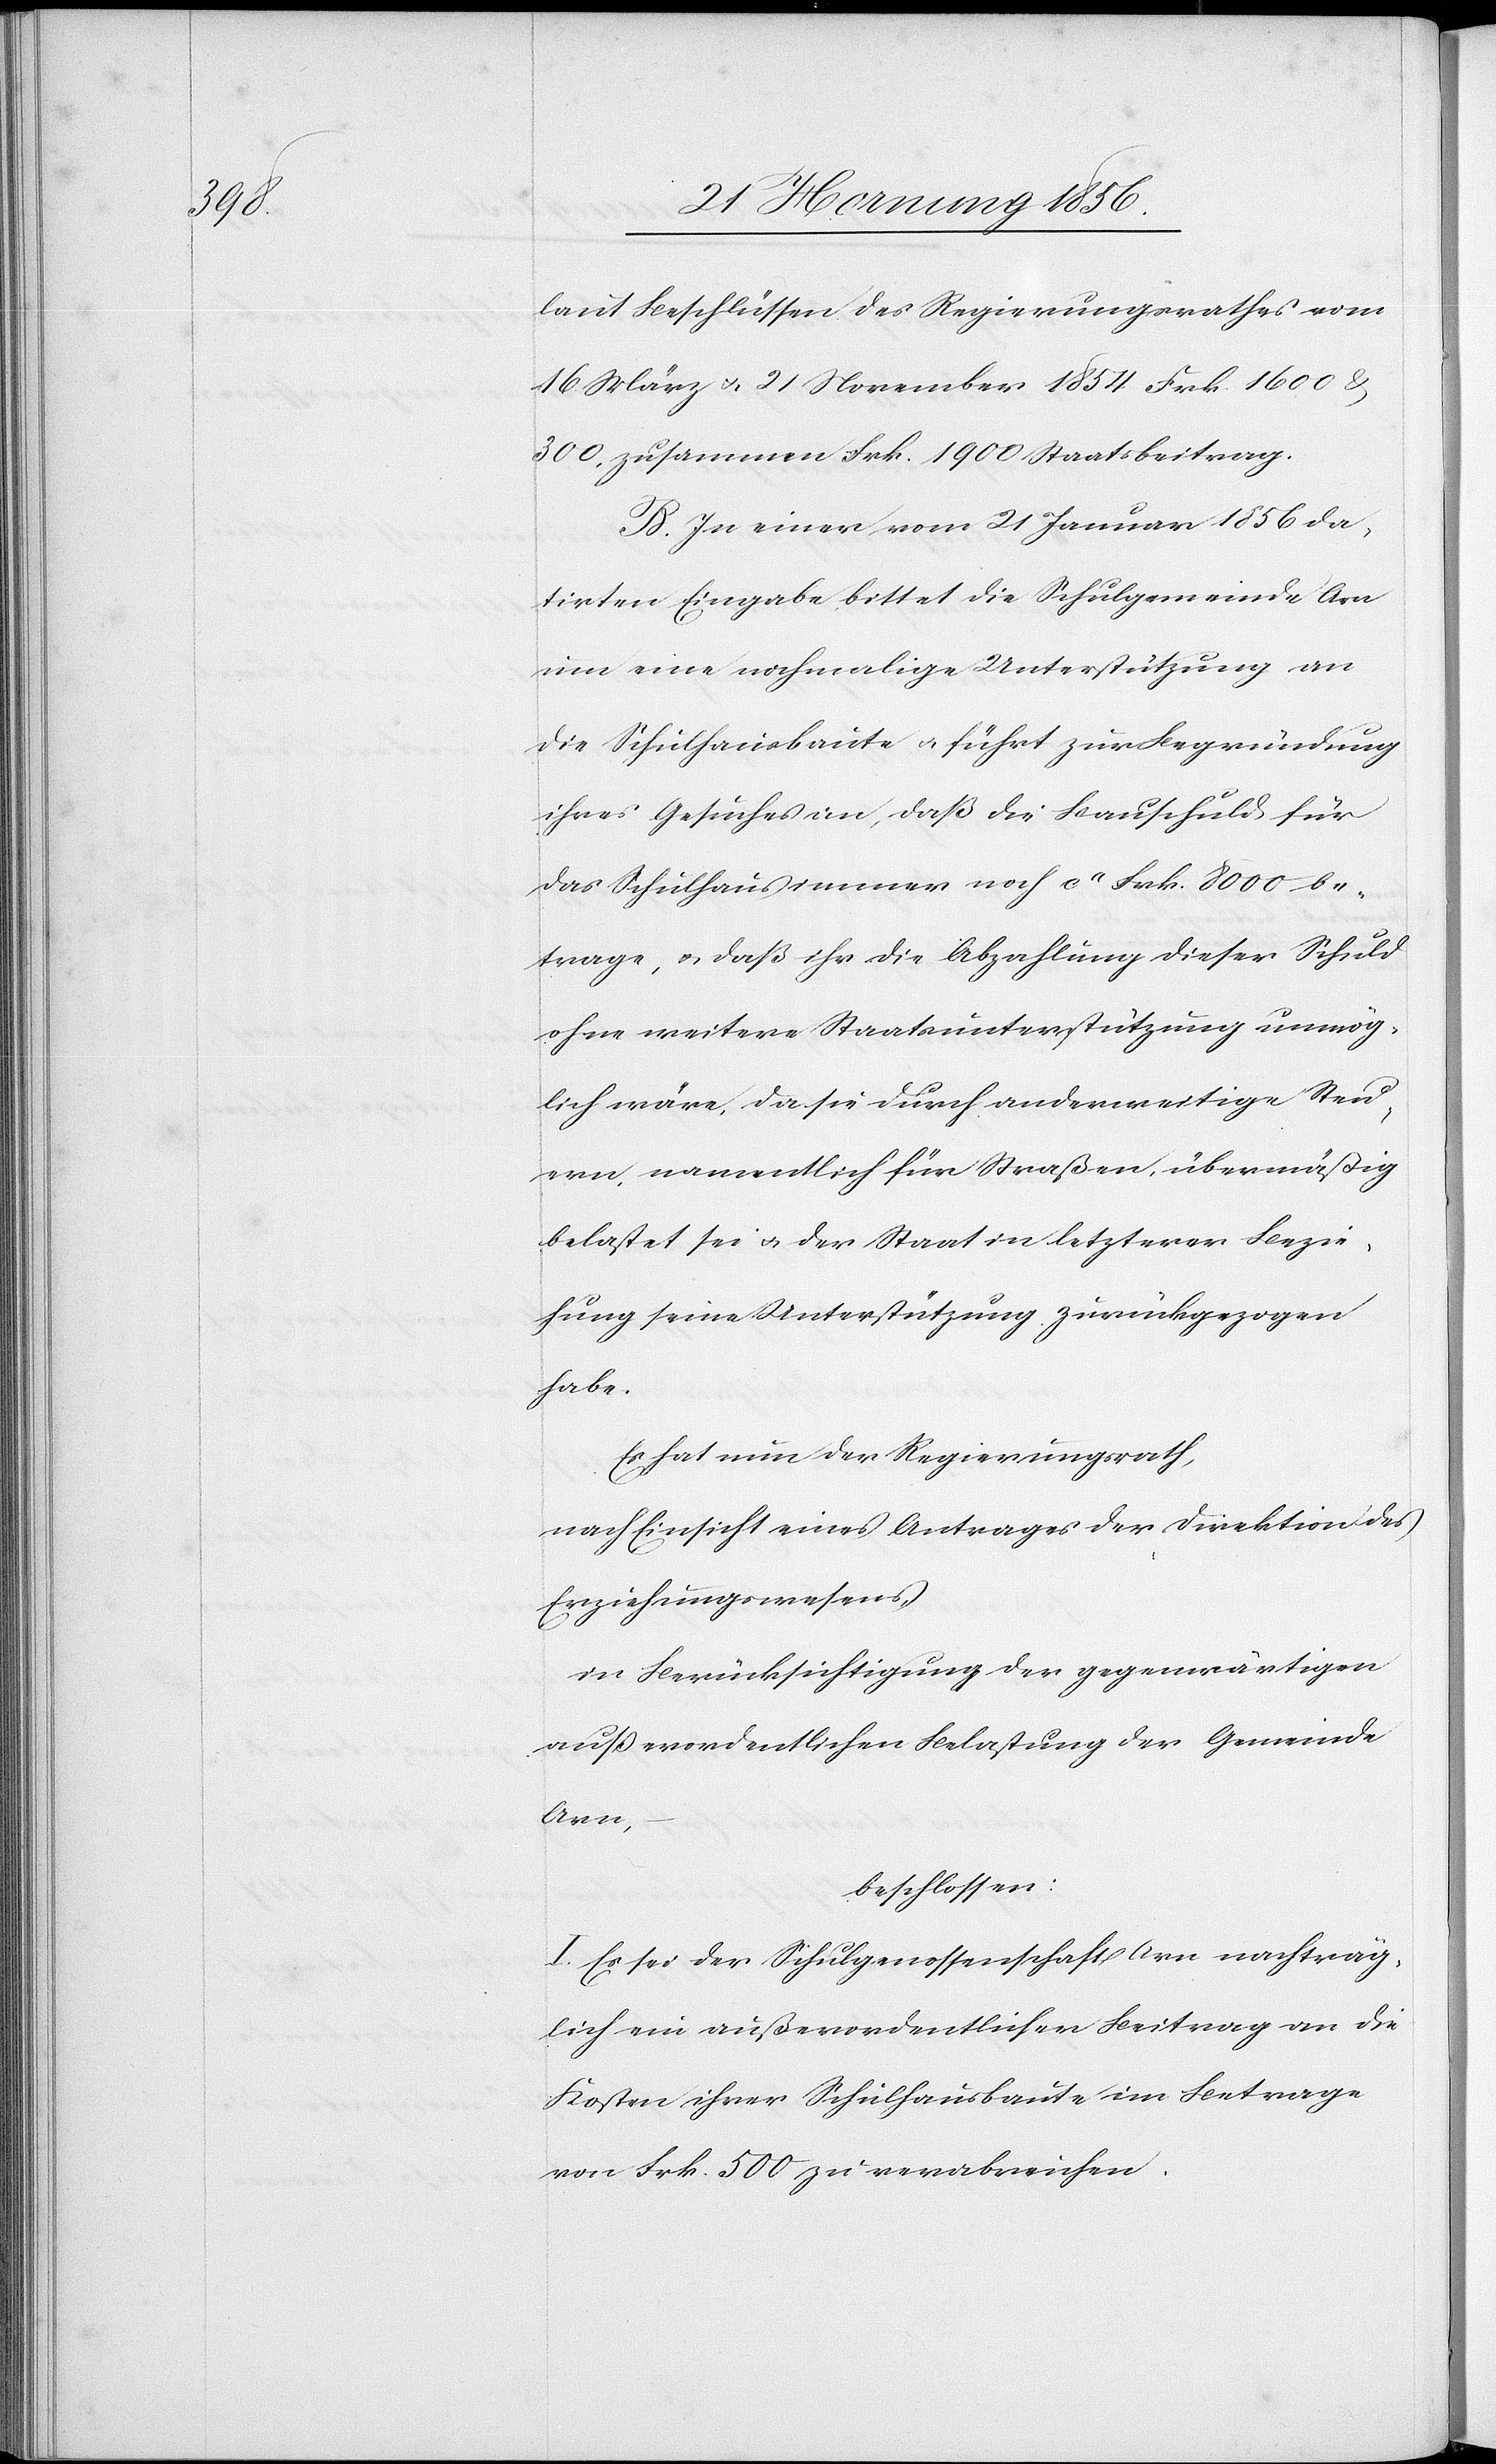
laut Beschlüssen des Regierungsrathes vom
16 März u. 21 November 1854 Frk. 1600 &
300, zusammen Frk. 1900 Staatsbeitrag.
B. In einer vom 21 Januar 1856 da¬
tirten Eingabe bittet die Schulgemeinde Arn
um eine nochmalige Unterstützung an
die Schulhausbaute u. führt zur Begründung
ihres Gesuches an, daß die Bauschuld für
das Schulhaus immer noch ca Frk. 8000 be¬
trage, u. daß ihr die Abzahlung dieser Schuld
ohne weitere Staatsunterstützung unmög¬
lich wäre, da sie durch anderweitige Steu¬
ern, namentlich für Straßen, übermäßig
belastet sei u. der Staat in letzterer Bezie¬
hung seine Unterstützung zurückgezogen
habe.
Es hat nun der Regierungsrath,
nach Einsicht eines Antrages der Direktion des
Erziehungswesens,
in Berücksichtigung der gegenwärtigen
außerordentlichen Belastung der Gemeinde
Arn,
beschlossen:
I. Es sei der Schulgenossenschaft Arn nachträg¬
lich ein außerordentlicher Beitrag an die
Kosten ihrer Schulhausbaute im Betrage
von Frk. 500 zu verabreichen.